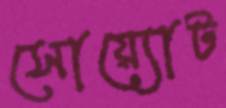
সোয়্যোট